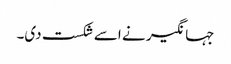
جہانگیر نے اسے شکست دی۔